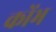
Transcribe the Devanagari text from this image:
कोंभ